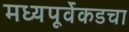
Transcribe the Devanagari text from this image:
मध्यपूर्वेकडचा